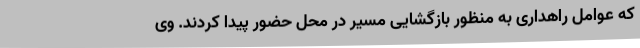
که عوامل راهداری به منظور بازگشایی مسیر در محل حضور پیدا کردند. وی